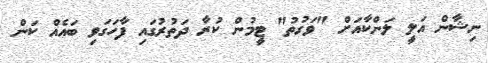
ނިޝާން އަލީ ލަންކާއަށް "ވަގުތު" ޓީމުން ކުރާ ދަތުރުގައި ފާހަގަވި ބައެއް ކަން